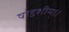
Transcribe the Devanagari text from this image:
षोडशीम्।।